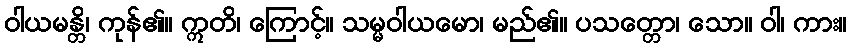
ဝါယမန္တိ၊ ကုန်၏။ ဣတိ၊ ကြောင့်။ သမ္မဝါယမော၊ မည်၏။ ပသတ္တော၊ သော။ ဝါ၊ ကား။